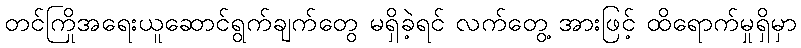
တင်ကြိုအရေးယူဆောင်ရွက်ချက်တွေ မရှိခဲ့ရင် လက်တွေ့ အားဖြင့် ထိရောက်မှုရှိမှာ